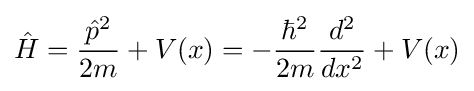
{\hat {H}}={\frac {{\hat {p}}^{2}}{2m}}+V(x)=-{\frac {\hbar ^{2}}{2m}}{\frac {d^{2}}{dx^{2}}}+V(x)